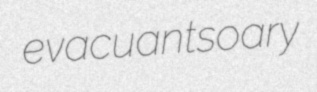
evacuants oary